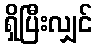
ရှိပြီးလျှင်